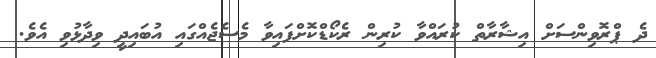
ދެ ޕްރޮވިންސަށް އިޝާރާތް ކުރައްވާ ކުރިން ރެކޯޑްކޮށްފައިވާ މެސެޖެއްގައި އުބައިދީ ވިދާޅުވި އެވެ.